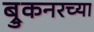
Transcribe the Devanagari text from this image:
ब्रुकनरच्या